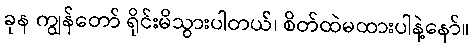
ခုန ကျွန်တော် ရိုင်းမိသွားပါတယ်၊ စိတ်ထဲမထားပါနဲ့နော်။